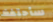
سأحتفظ